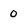
Character: 0